Report on the bubonic plague in Bombay, 1896-1897
Year: 1896
Disease focus: Plague
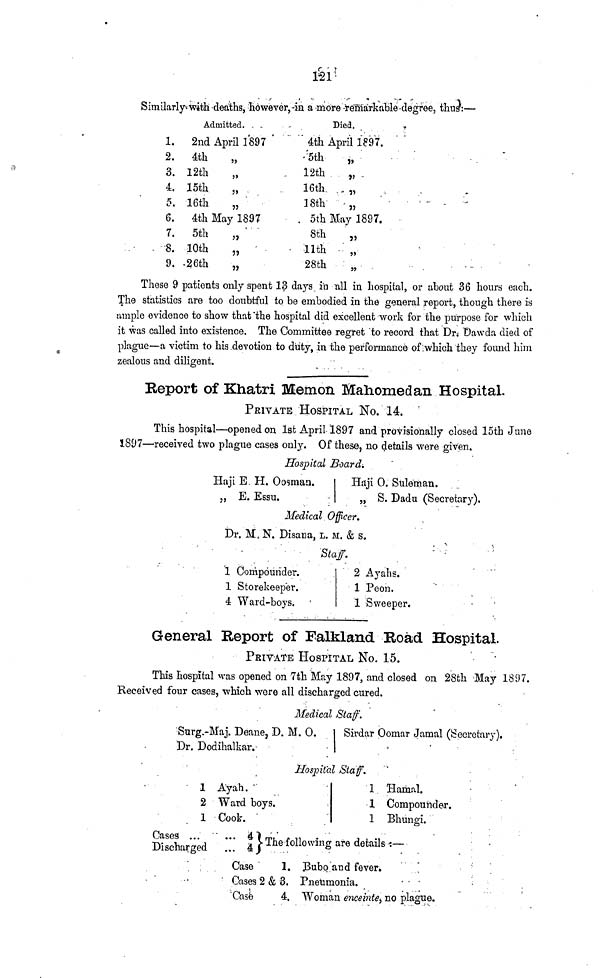
121
Similarly with deaths, however, in a more remarkable degree, thus:—
Admitted.
1. 2nd April 1897
2. 4th
3. 12th
„
4. 15th
„
5. 16th
„
6. 4th May 1897
7. 5th
„
8. 10th
„
9. 26th
„
Died.
4th April 1897.
5th
„
12th
„
16th
„
18th
„
5th May 1897.
8th
„
11th
„
28th
These 9 patients only spent 13 days in all in hospital, or about 36 hours each.
The statistics are too doubtful to be embodied in the general report, though there is
ample evidence to show that the hospital did excellent work for the purpose for which
it was called into existence. The Committee regret to record that Dr. Dawda died of
plague—a victim to his devotion to duty, in the performance of which they found him
zealous and diligent.
Report of Khatri Memon Mahomedan Hospital.
PRIVATE HOSPITAL No. 14.
This hospital—opened on 1st April 1897 and provisionally closed 15th June
1897—received two plague cases only. Of these, no details were given.
Hospital Board.
Haji E H. Oosman.
„ E. Essu.
Haji O. Suleman.
„ S. Dadu (Secretary).
Medical Officer.
Dr. M. N. Disana, L. M. & s.
Staff.
1 Compounder.
1 Storekeeper.
4 Ward-boys.
2 Ayahs.
1 Peon.
1 Sweeper.
General Report of Falkland Road Hospital.
PEIVATE HOSPITAL No. 15.
This hospital was opened on 7th May 1897, and closed on 28th -May 1897.
Received four cases, which were all discharged cured.
Medical Staff.
Surg
Dr.
Maj. Deane, D. M. O.
Dodihalkar.
Sirdar Oomar Jamal (Secretary).
Hospital Staff.
1
2
1
Cases . . .
Discharged
Ayah.
Ward boys.
Cook.
... 4 H The following
1 Hamal.
1 Compounder.
1 Bhungi.
are details : —
Case
1. Bubo and fever.
Cases 2 & 3. Pneumonia.
Case
4. Woman enceinte, no plague.